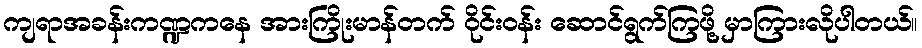
ကျရာအခန်းကဏ္ဍကနေ အားကြိုးမာန်တက် ဝိုင်းဝန်း ဆောင်ရွက်ကြဖို့ မှာကြားလိုပါတယ်။